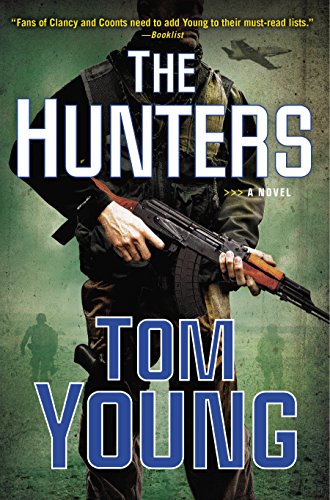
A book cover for The Hunters (A Parson and Gold Novel); Tom Young; Literature & Fiction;